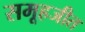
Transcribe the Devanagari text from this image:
समूहजीत